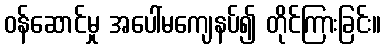
ဝန်ဆောင်မှု အပေါ်မကျေနပ်၍ တိုင်ကြားခြင်း။